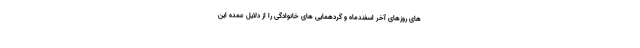
های روزهای آخر اسفندماه و گردهمایی های خانوادگی را از دلایل عمده این